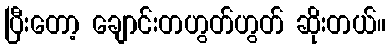
ပြီးတော့ ချောင်းတဟွတ်ဟွတ် ဆိုးတယ်။